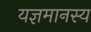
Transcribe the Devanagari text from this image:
यज्ञमानस्य